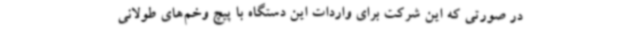
در صورتی که این شرکت برای واردات این دستگاه با پیچ وخم‌های طولانی